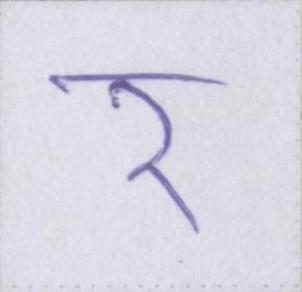
र